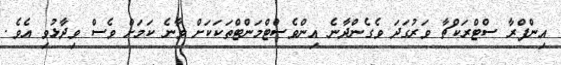
އިންފްރާ ސްޓްރަކްޗާ ވަރުގަދަ ވެގެންދާނެ އިންވެސްޓްމަންޓްތަކަކަށް ވާނެ ކަމަށް ވެސް ވިދާޅުވި އެވެ.